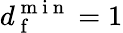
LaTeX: d_{\mathrm{~f~}}^{\mathrm{~m~i~n~}}=1